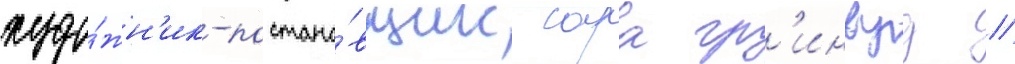
худо́жн'ик-постано́вщик сара гр'инвуд /